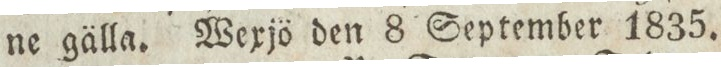
ne gälla. Wexjö den 8 September 1835.